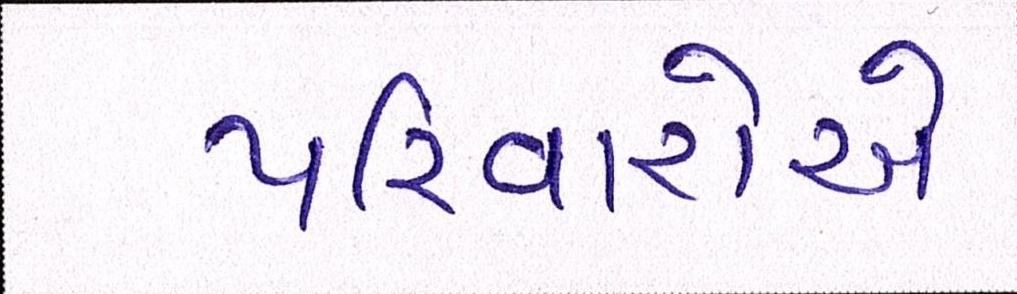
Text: પરિવારોએ